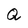
Character: Q